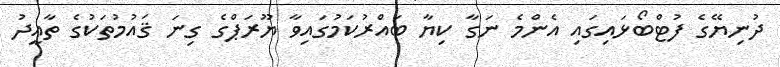
ދުނިޔޭގެ ފުޓްބޯޅައިގައި އެންމެ ނަގާ ކިޔާ ބައްރުކަމުގައިވާ ޔޫރަޕްގެ ގިނަ ޤައުމުތަކުގެ ތާއީދު